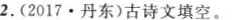
2.(2017·丹东)古诗文填空。